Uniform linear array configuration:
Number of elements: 24
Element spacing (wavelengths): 0.5
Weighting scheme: hamming
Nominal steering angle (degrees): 60
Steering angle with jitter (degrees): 58.17
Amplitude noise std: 0.05
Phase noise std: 0.05

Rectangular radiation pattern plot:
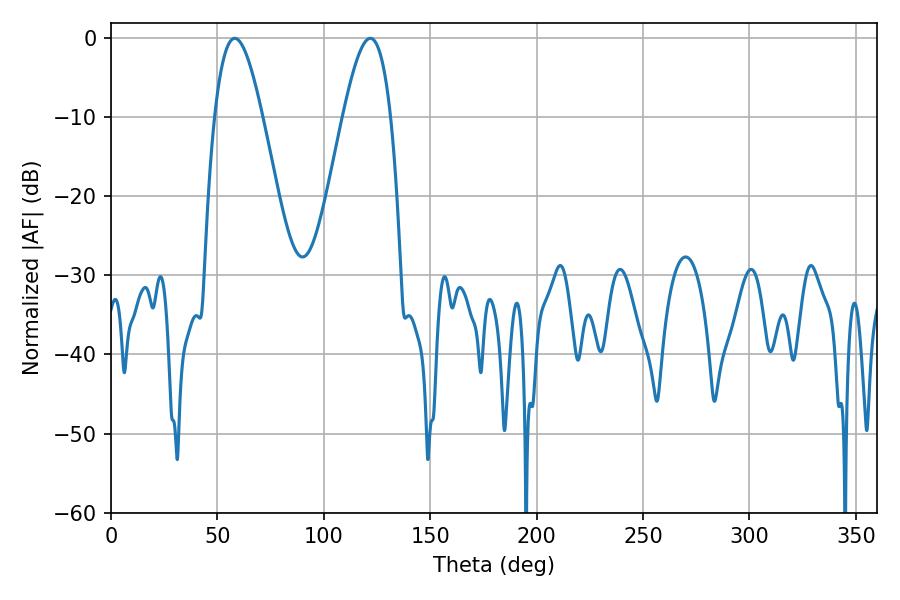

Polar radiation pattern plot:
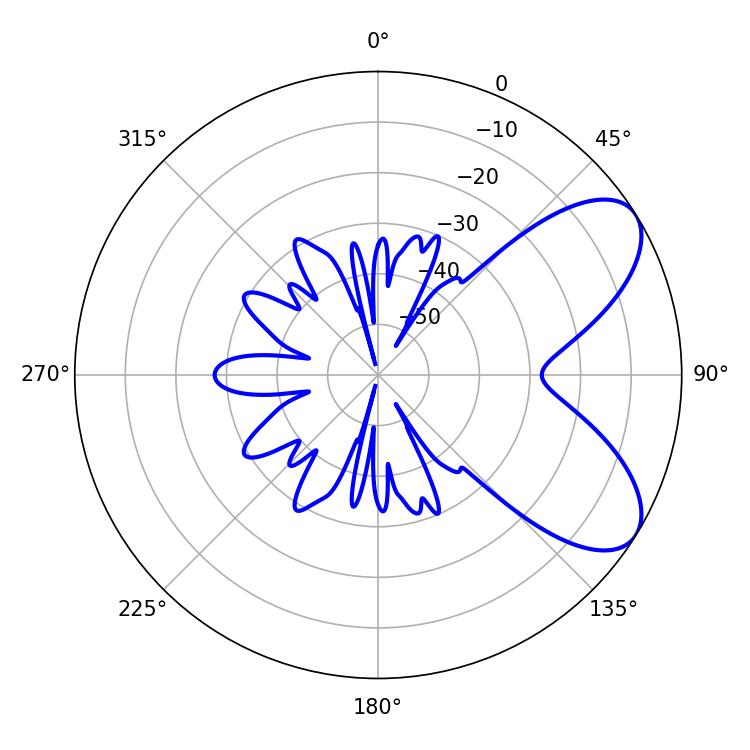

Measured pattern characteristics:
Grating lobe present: FALSE
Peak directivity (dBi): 7.043
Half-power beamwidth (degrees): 12.24
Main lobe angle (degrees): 58.14